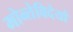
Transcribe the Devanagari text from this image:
मोन्तेविदेयो